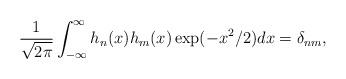
LaTeX: \begin{align*}\frac{1}{\sqrt{2\pi }}\int_{-\infty }^{\infty }h_{n}(x)h_{m}(x)\exp(-x^{2}/2)dx=\delta _{nm}, \end{align*}